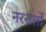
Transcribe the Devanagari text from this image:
नरसलों